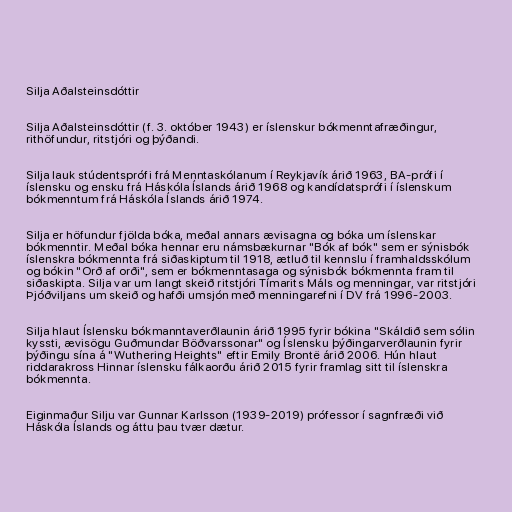
Silja Aðalsteinsdóttir

Silja Aðalsteinsdóttir (f. 3. október 1943) er íslenskur bókmenntafræðingur,
rithöfundur, ritstjóri og þýðandi.

Silja lauk stúdentsprófi frá Menntaskólanum í Reykjavík árið 1963, BA-prófi í
íslensku og ensku frá Háskóla Íslands árið 1968 og kandídatsprófi í íslenskum
bókmenntum frá Háskóla Íslands árið 1974.

Silja er höfundur fjölda bóka, meðal annars ævisagna og bóka um íslenskar
bókmenntir. Meðal bóka hennar eru námsbækurnar "Bók af bók" sem er sýnisbók
íslenskra bókmennta frá siðaskiptum til 1918, ætluð til kennslu í framhaldsskólum
og bókin "Orð af orði", sem er bókmenntasaga og sýnisbók bókmennta fram til
siðaskipta. Silja var um langt skeið ritstjóri Tímarits Máls og menningar, var ritstjóri
Þjóðviljans um skeið og hafði umsjón með menningarefni í DV frá 1996-2003.

Silja hlaut Íslensku bókmanntaverðlaunin árið 1995 fyrir bókina "Skáldið sem sólin
kyssti, ævisögu Guðmundar Böðvarssonar" og Íslensku þýðingarverðlaunin fyrir
þýðingu sína á "Wuthering Heights" eftir Emily Brontë árið 2006. Hún hlaut
riddarakross Hinnar íslensku fálkaorðu árið 2015 fyrir framlag sitt til íslenskra
bókmennta.

Eiginmaður Silju var Gunnar Karlsson (1939-2019) prófessor í sagnfræði við
Háskóla Íslands og áttu þau tvær dætur.